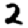
Digit: 2